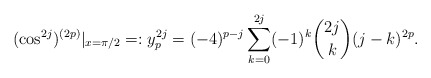
\begin{align*}(\cos^{2j})^{(2p)}|_{x=\pi/2}=:y^{2j}_p=(-4)^{p-j}\sum_{k=0}^{2j}(-1)^k\binom{2j}{k}(j-k)^{2p}.\end{align*}